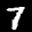
Label: 7